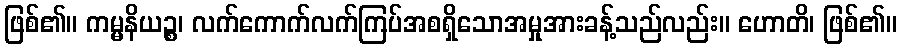
ဖြစ်၏။ ကမ္မနိယဉ္စ၊ လက်ကောက်လက်ကြပ်အစရှိသောအမှုအားခန့်သည်လည်း။ ဟောတိ၊ ဖြစ်၏။